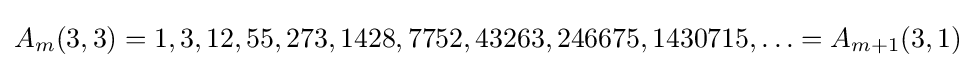
A_{m}(3,3)=1,3,12,55,273,1428,7752,43263,246675,1430715,\ldots =A_{m+1}(3,1)